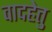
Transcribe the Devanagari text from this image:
वादहेतु